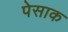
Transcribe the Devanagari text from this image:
पेसाक